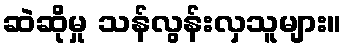
ဆဲဆိုမှု သန်လွန်းလှသူများ။